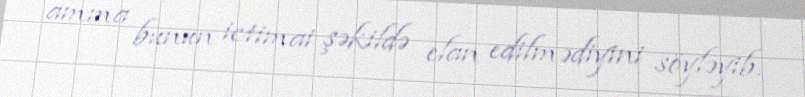
amma bunun ictimai şəkildə elan edilmədiyini söyləyib.